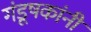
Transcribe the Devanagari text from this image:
गंडूषकांनीं